Madras plague regulations in force outside the Presidency town - Volume 3
Disease focus: Plague
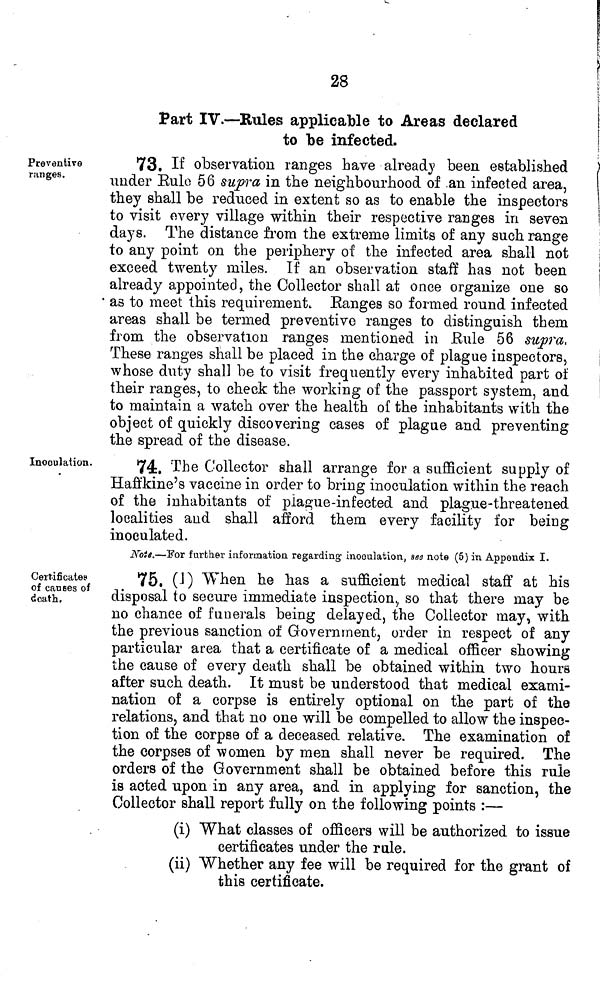
28
Part IV.—Rules applicable to Areas declared
to be infected.
Preventive
ranges.
73. If observation ranges have already been established
under Rule 56 supra in the neighbourhood of an infected area,
they shall be reduced in extent so as to enable the inspectors
to visit every village within their respective ranges in seven
days. The distance from the extreme limits of any such range
to any point on the periphery of the infected area shall not
exceed twenty miles. If an observation staff has not been
already appointed, the Collector shall at once organize one so
as to meet this requirement. Ranges so formed round infected
areas shall be termed preventive ranges to distinguish them
from the observation ranges mentioned in Rule 56 supra,
These ranges shall be placed in the charge of plague inspectors,
whose duty shall be to visit frequently every inhabited part of
their ranges, to check the working of the passport system, and
to maintain a watch over the health of the inhabitants with the
object of quickly discovering cases of plague and preventing
the spread of the disease.
Inoculation.
74. The Collector shall arrange for a sufficient supply of
Haffkine's vaccine in order to bring inoculation within the reach
of the inhabitants of plague-infected and plague-threatened
localities and shall afford them every facility for being
inoculated.
Note.—l'or further information regarding inoculation, see note (5) in Appendix I.
Certificates
of canses of
death.
75. (1) When he has a sufficient medical staff at his
disposal to secure immediate inspection, so that there may be
no chance of funerals being delayed, the Collector may, with
the previous sanction of Government, order in respect of any
particular area that a certificate of a medical officer showing
the cause of every death shall be obtained within two hour»
after such death. It must be understood that medical exami-
nation of a corpse is entirely optional on the part of the
relations, and that no one will be compelled to allow the inspec-
tion of the corpse of a deceased relative. The examination of
the corpses of women by men shall never be required. The
orders of the Government shall be obtained before this rule
is acted upon in any area, and in applying for sanction, the
Collector shall report fully on the following points :—
(i) What classes of officers will be authorized to issue
certificates under the rule,
(ii) Whether any fee will be required for the grant of
this certificate.